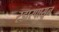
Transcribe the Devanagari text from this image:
रडारपासून